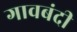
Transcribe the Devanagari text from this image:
गावबंदी